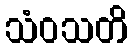
သံဝသတိ